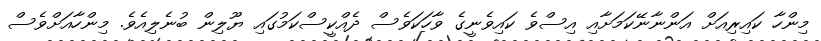
މިންހާ ކައިރިއަށް އަންނާނޭކަމަށާއި އިސްވެ ކައިވެނީގެ ވާހަކަވެސް ދެއްކީސްކަމުގައި ޔޫލިން ބުނެލިއެވެ. މިންހާއަށްވެސް